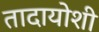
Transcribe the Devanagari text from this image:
तादायोशी